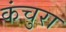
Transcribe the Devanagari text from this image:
कंचुरा